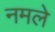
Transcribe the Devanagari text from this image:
नमले